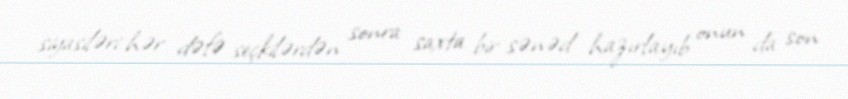
siyasiləri hər dəfə seçkilərdən sonra saxta bir sənəd hazırlayıb onun da son